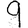
Digit: 9